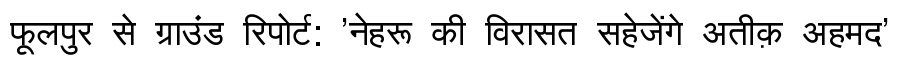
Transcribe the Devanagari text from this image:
फूलपुर से ग्राउंड रिपोर्ट: 'नेहरू की विरासत सहेजेंगे अतीक़ अहमद'